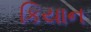
કિયાન